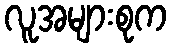
လူအများစုက